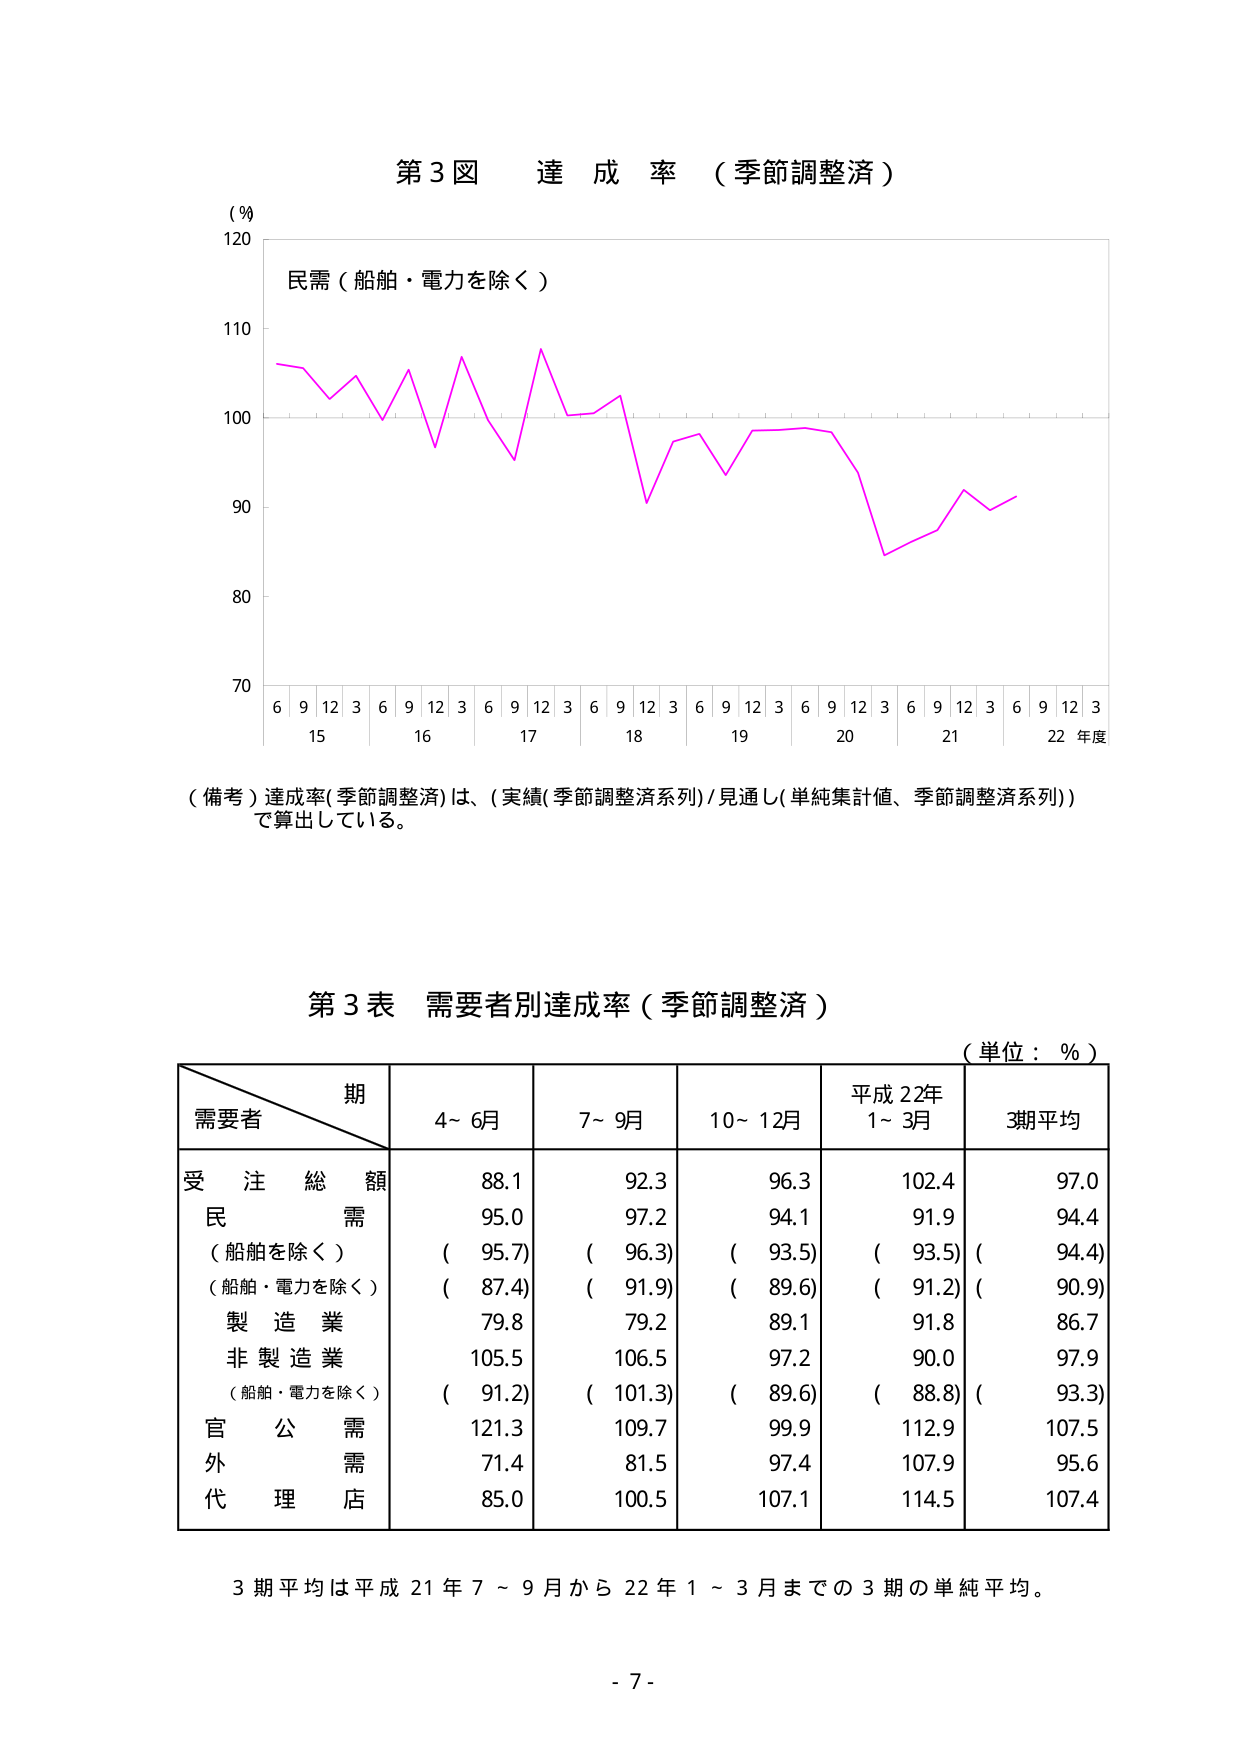
第3図 達成率（季節調整済）

（％）
120
110
100
90
80
70

民需（船舶・電力を除く）

6 9 12 3 6 9 12 3 6 9 12 3 6 9 12 3 6 9 12 3 6 9 12 3 6 9 12 3
15 16 17 18 19 20 21 22 年度

（備考）達成率（季節調整済）は、（実績（季節調整済系列）／見通し（単純集計値、季節調整済系列））
で算出している。

第3表 需要者別達成率（季節調整済）

（単位：％）

期
需要者
4～6月
7～9月
10～12月
平成22年
1～3月
3期平均

受注総額
88.1
92.3
96.3
102.4
97.0

民需
95.0
97.2
94.1
91.9
94.4

（船舶を除く）
（95.7）
（96.3）
（93.5）
（93.5）
（94.4）

（船舶・電力を除く）
（87.4）
（91.9）
（89.6）
（91.2）
（90.9）

製造業
79.8
79.2
89.1
91.8
86.7

非製造業
105.5
106.5
97.2
90.0
97.9

（船舶・電力を除く）
（91.2）
（101.3）
（89.6）
（88.8）
（93.3）

官公需
121.3
109.7
99.9
112.9
107.5

外需
71.4
81.5
97.4
107.9
95.6

代理店
85.0
100.5
107.1
114.5
107.4

3期平均は平成21年7～9月から22年1～3月までの3期の単純平均。

- 7 -